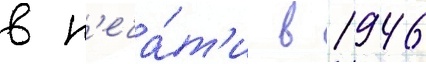
в п'еча́т'и в 1946